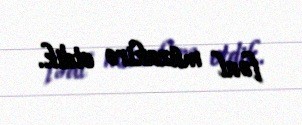
fəal müzakirə etdik.